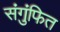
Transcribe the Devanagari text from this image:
संगुंफित